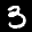
Label: 3